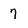
Character: 7